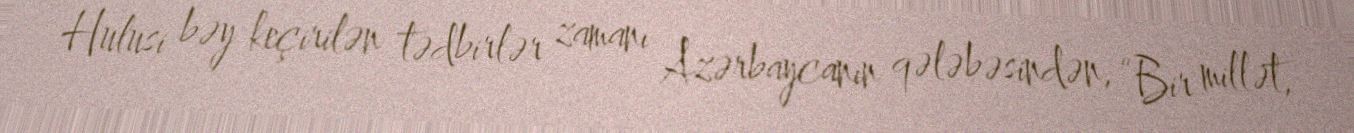
Hulusi bəy keçirilən tədbirlər zamanı Azərbaycanın qələbəsindən, “Bir millət,